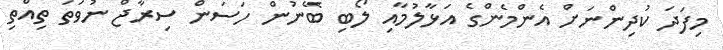
މިފަދަ ކުދިންނަށް އެންމެންގެ އަޅާލުމާއި ލޯބި ބޭނުން ހަސަން ސިރާޖް ނުވަތަ ތިއްތި